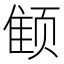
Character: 𱂭